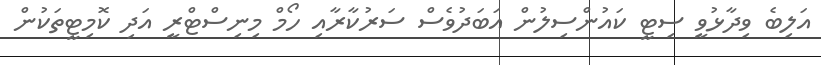
އަލިބެ ވިދާޅުވީ ސިޓީ ކައުންސިލުން އަބަދުވެސް ސަރުކާރާއި ހޯމް މިނިސްޓްރީ އަދި ކޮމިޓީތަކުން